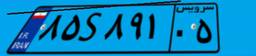
۲۴S۳۵۴۷۳